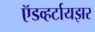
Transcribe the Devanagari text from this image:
ऍडव्हर्टायझर